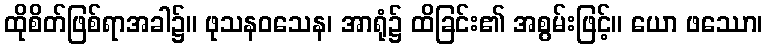
ထိုစိတ်ဖြစ်ရာအခါ၌။ ဖုသနဝသေန၊ အာရုံ၌ ထိခြင်း၏ အစွမ်းဖြင့်။ ယော ဖဿော၊